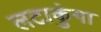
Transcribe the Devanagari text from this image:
लटाकुंगा